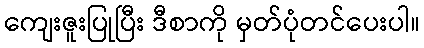
ကျေးဇူးပြုပြီး ဒီစာကို မှတ်ပုံတင်ပေးပါ။